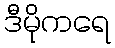
ဒီမိုကရေ